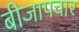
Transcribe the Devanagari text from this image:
बीजापचार